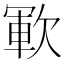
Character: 𣣞